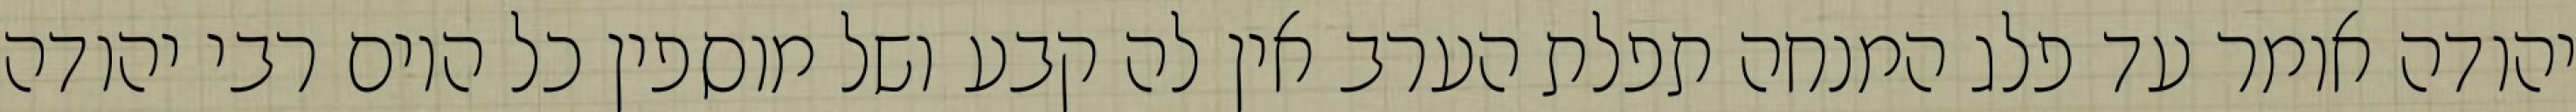
יהודה אומר עד פלג המנחה תפלת הערב אין לה קבע ושל מוספין כל היום רבי יהודה